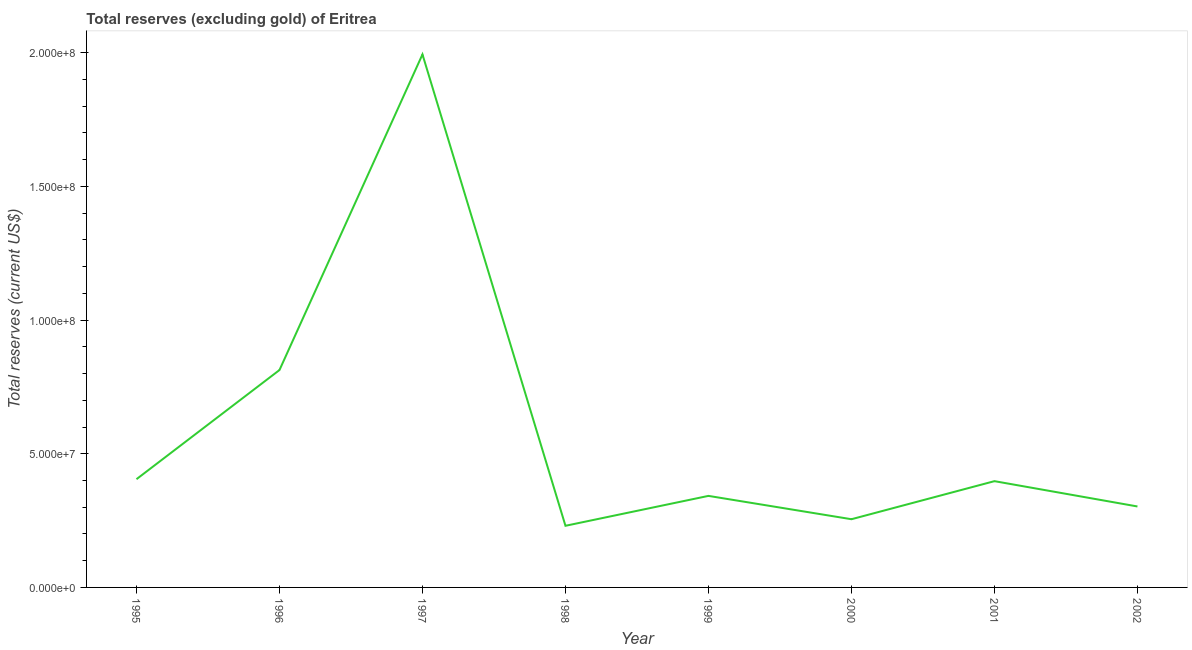
| Year | Total reserves minus gold (current US$) |
 | --- | --- |
 | 1995 | 4.05e+07 |
 | 1996 | 8.13e+07 |
 | 1997 | 1.99e+08 |
 | 1998 | 2.31e+07 |
 | 1999 | 3.42e+07 |
 | 2000 | 2.55e+07 |
 | 2001 | 3.98e+07 |
 | 2002 | 3.03e+07 |